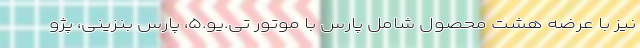
نیز با عرضه هشت محصول شامل پارس با موتور تی.یو.۵، پارس بنزینی، پژو